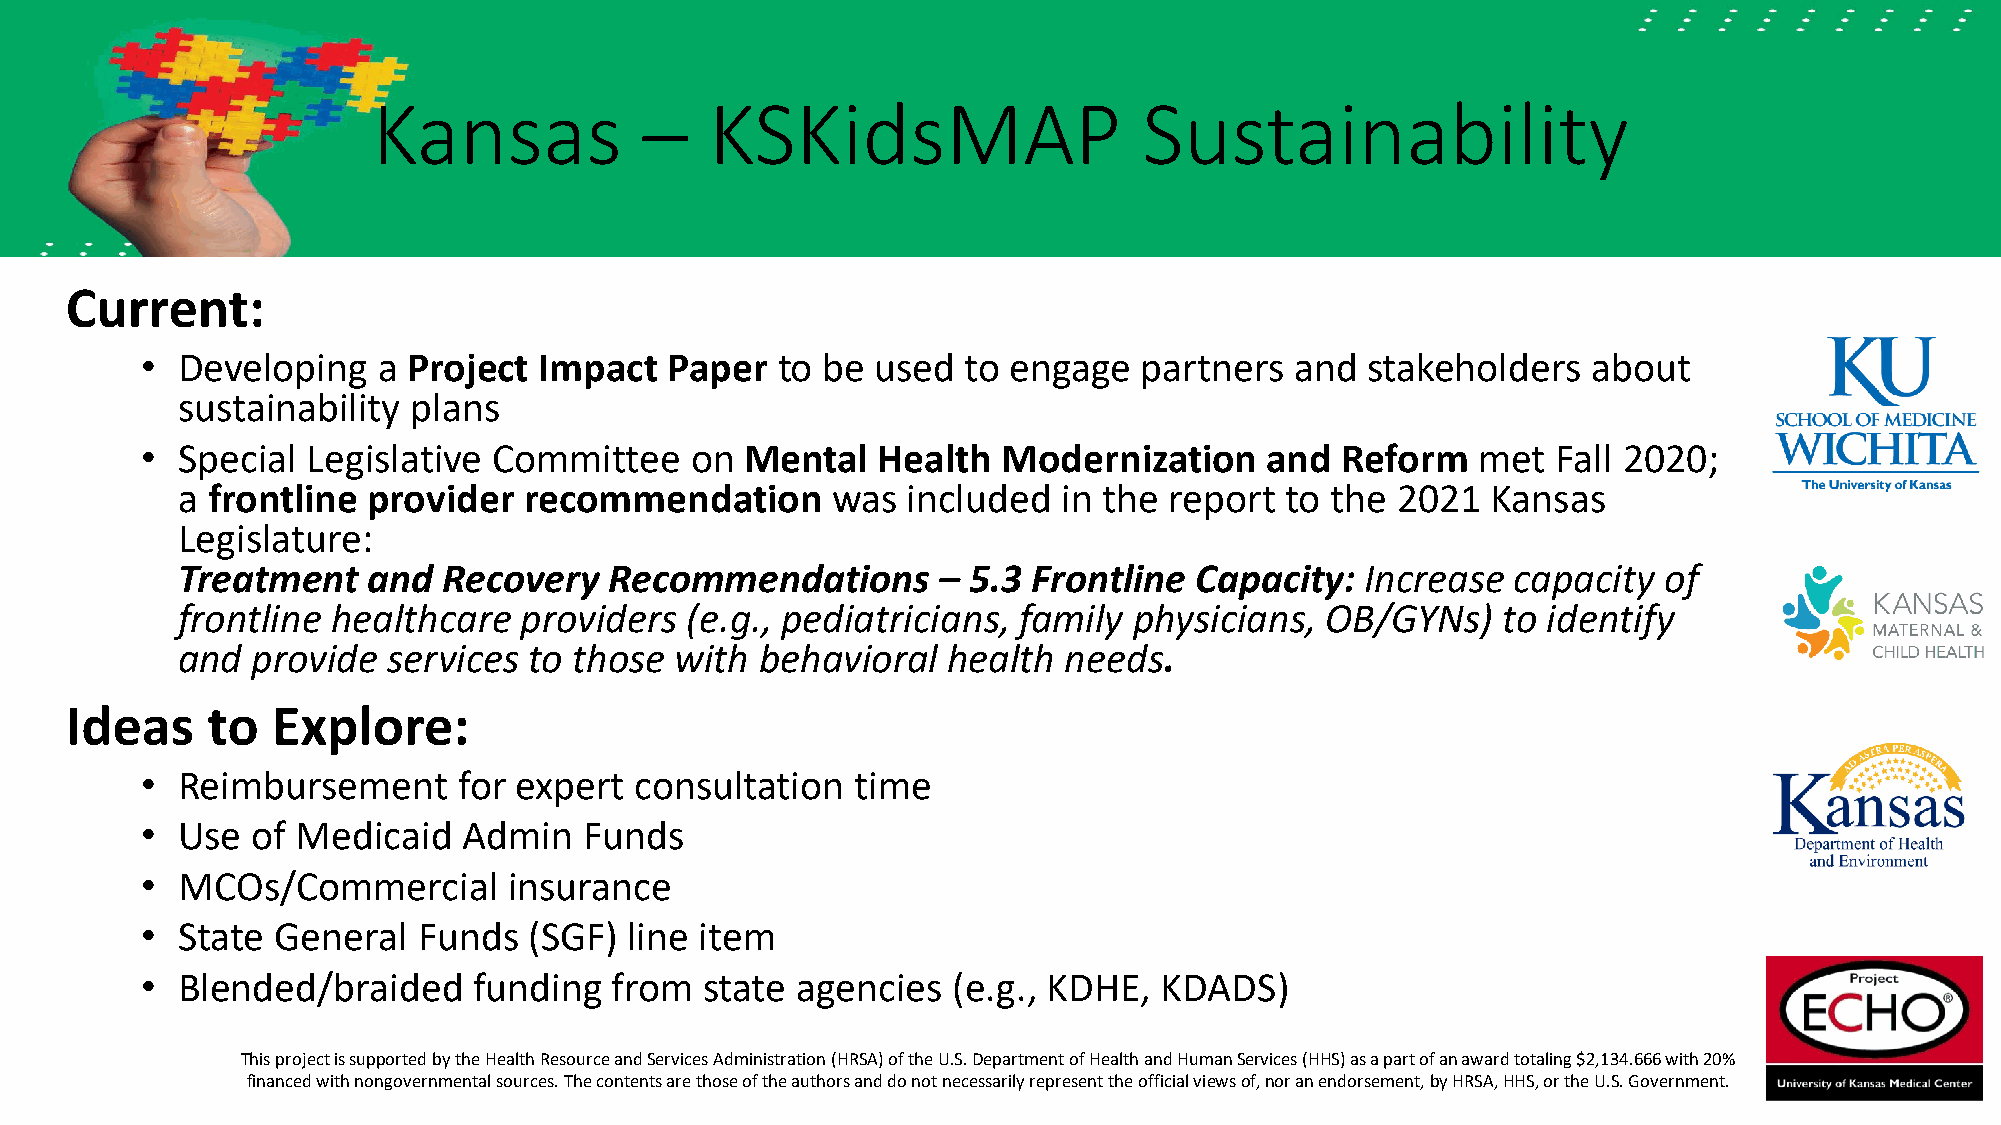
Kansas            –   KSKidsMAP                    Sustainability
 Current:
 •  Developing   a Project  Impact  Paper  to be  used  to engage   partners  and stakeholders   about
 sustainability plans
 •  Special Legislative  Committee    on Mental   Health  Modernization     and  Reform   met  Fall 2020;
 a frontline provider   recommendation      was  included  in the report  to the 2021   Kansas
 Legislature:
 Treatment   and  Recovery   Recommendations       – 5.3 Frontline  Capacity:  Increase  capacity  of
 frontline healthcare  providers  (e.g., pediatricians, family  physicians,  OB/GYNs)   to identify
 and  provide  services to those  with behavioral   health needs.
 Ideas     to  Explore:
 •  Reimbursement     for expert  consultation   time
 •  Use  of Medicaid   Admin   Funds
 •  MCOs/Commercial       insurance
 •  State General   Funds  (SGF)  line item
 •  Blended/braided    funding   from  state agencies  (e.g., KDHE,  KDADS)
 This project is supported by the Health Resource and Services Administration (HRSA) of the U.S. Department of Health and Human Services (HHS) as a part of an award totaling $2,134.666 with 20%
 financed with nongovernmental sources. The contents are those of the authors and do not necessarily represent the official viewsof, nor an endorsement, by HRSA, HHS, or the U.S. Government.